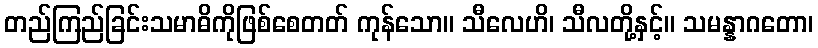
တည်ကြည်ခြင်းသမာဓိကိုဖြစ်စေတတ် ကုန်သော။ သီလေဟိ၊ သီလတို့နှင့်။ သမန္နာဂတော၊